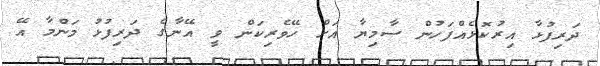
ދަރިފުޅާ އިރުކޮޅެއްފަހުން ސާމިޔާ އަށް ހޭވެރިކަން ވީ އޭނާގެ ދަރިފުޅު މަންމާ އޭ